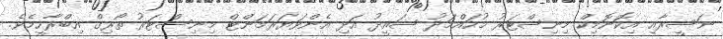
ނަސީރާއި އިކޮނޮމިކް މިނިސްޓަރު މުހައްމަދު ސައީދު އަދި އެންވަޔަރަމަންޓް މިނިސްޓަރު ތޯރިގް އިބްރާހީމެވެ.